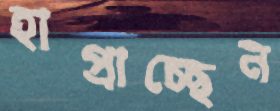
হাপ্‌রাচ্ছেন